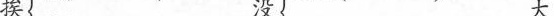
挨 没 大